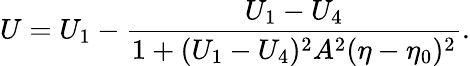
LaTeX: U=U_{1}-\frac{U_{1}-U_{4}}{1+(U_{1}-U_{4})^{2}A^{2}(\eta-\eta_{0})^{2}}.